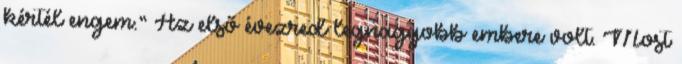
kértél engem.” Az első évezred legnagyobb embere volt. Most